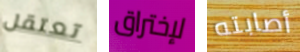
تعتقل لإختراق أصابته